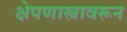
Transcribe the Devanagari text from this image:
क्षेपणास्त्रावरून